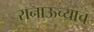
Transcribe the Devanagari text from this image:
रानाऊच्याच